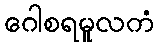
ဂေါစရမူလကံ